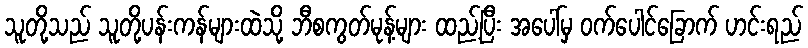
သူတို့သည် သူတို့ပန်းကန်များထဲသို့ ဘီစကွတ်မုန့်များ ထည့်ပြီး အပေါ်မှ ဝက်ပေါင်ခြောက် ဟင်းရည်